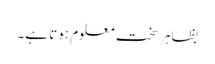
بظاہر سخت معلوم ہوتا ہے۔